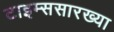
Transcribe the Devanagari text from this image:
टाइम्ससारख्या